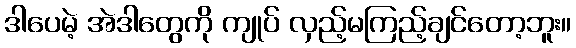
ဒါပေမဲ့ အဲဒါတွေကို ကျုပ် လှည့်မကြည့်ချင်တော့ဘူး။